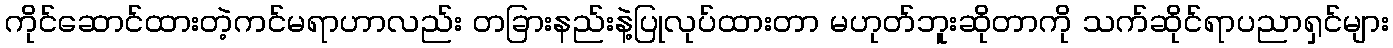
ကိုင်ဆောင်ထားတဲ့ကင်မရာဟာလည်း တခြားနည်းနဲ့ပြုလုပ်ထားတာ မဟုတ်ဘူးဆိုတာကို သက်ဆိုင်ရာပညာရှင်များ